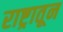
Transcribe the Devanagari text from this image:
राष्ट्रातून